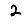
Digit: 2